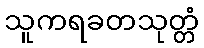
သူကရခတသုတ္တံ